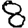
Digit: 8